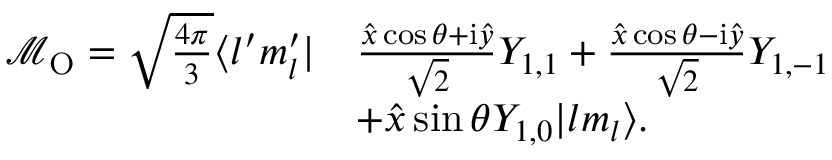
\begin{array} { r l } { \mathcal { M } _ { \mathrm { { O } } } = \sqrt { \frac { 4 \pi } { 3 } } \langle l ^ { \prime } m _ { l } ^ { \prime } | } & { \frac { \widehat { x } \cos \theta + \mathrm { i } \widehat { y } } { \sqrt { 2 } } Y _ { 1 , 1 } + \frac { \widehat { x } \cos \theta - \mathrm { i } \widehat { y } } { \sqrt { 2 } } Y _ { 1 , - 1 } } \\ & { + \widehat { x } \sin \theta Y _ { 1 , 0 } | l m _ { l } \rangle . } \end{array}